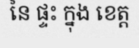
នៃ ផ្ទះ ក្នុង ខេត្ត